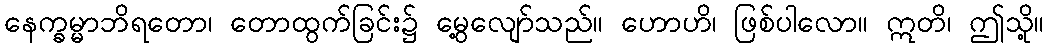
နေက္ခမ္မာဘိရတော၊ တောထွက်ခြင်း၌ မွေ့လျော်သည်။ ဟောဟိ၊ ဖြစ်ပါလော။ ဣတိ၊ ဤသို့။